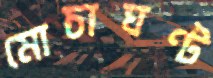
মোচাঘণ্ট